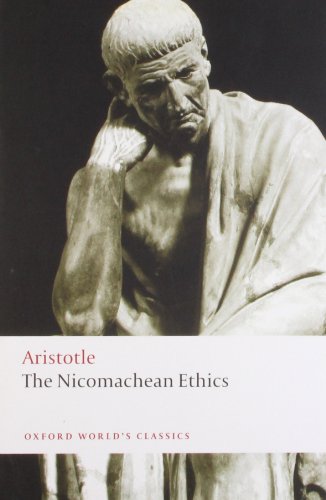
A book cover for The Nicomachean Ethics (Oxford World's Classics); Aristotle; Politics & Social Sciences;